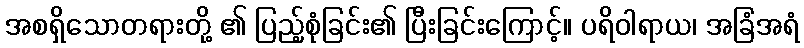
အစရှိသောတရားတို့ ၏ ပြည့်စုံခြင်း၏ ပြီးခြင်းကြောင့်။ ပရိဝါရာယ၊ အခြံအရံ